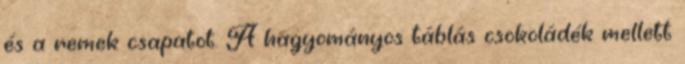
és a remek csapatot. A hagyományos táblás csokoládék mellett